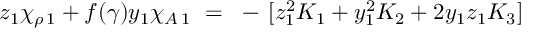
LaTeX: z _ { 1 } \chi _ { \rho \, 1 } + f ( \gamma ) y _ { 1 } \chi _ { A \, 1 } ~ = ~ - \, [ z _ { 1 } ^ { 2 } K _ { 1 } + y _ { 1 } ^ { 2 } K _ { 2 } + 2 y _ { 1 } z _ { 1 } K _ { 3 } ]